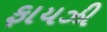
ફાયઝી